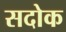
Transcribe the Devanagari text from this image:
सदोक